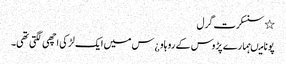
٭ سنسکرت گرل
پونا میںہمارے پڑوس کے رو ہاو ¿س میں ایک لڑکی اچھی لگتی تھی۔